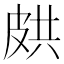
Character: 𭽥